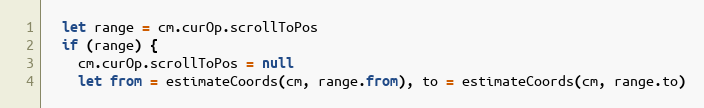
Language: JavaScript
  let range = cm.curOp.scrollToPos
  if (range) {
    cm.curOp.scrollToPos = null
    let from = estimateCoords(cm, range.from), to = estimateCoords(cm, range.to)